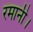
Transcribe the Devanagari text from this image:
रमानी।